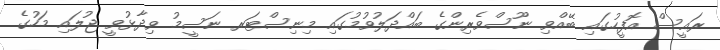
ރައީސް އޮފީހުގައި ބޭއްވި ނޫސްވެރިންގެ ބައްދަލުވުމުގައި މިނިސްޓަރ ނަސީމު ވިދާޅުވީ ޖުލައި މަހުގެ